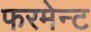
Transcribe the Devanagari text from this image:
फरमेन्ट